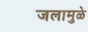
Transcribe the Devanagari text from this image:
जलामुळे